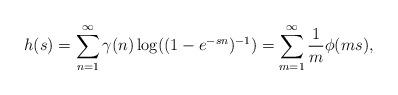
LaTeX: \begin{align*} h(s) = \sum_{n=1}^{\infty} \gamma(n) \log ((1-e^{-sn})^{-1}) = \sum_{m=1}^{\infty} \frac{1}{m} \phi(ms),\end{align*}